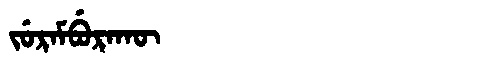
Manchu: ᠵᡠᡵᠠᠮᠪᡠᡵᠠᡴᡡ
Romanization: JURAMBURAKŪ